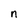
Character: n